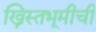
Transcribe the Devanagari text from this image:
ख्रिस्तभूमीची